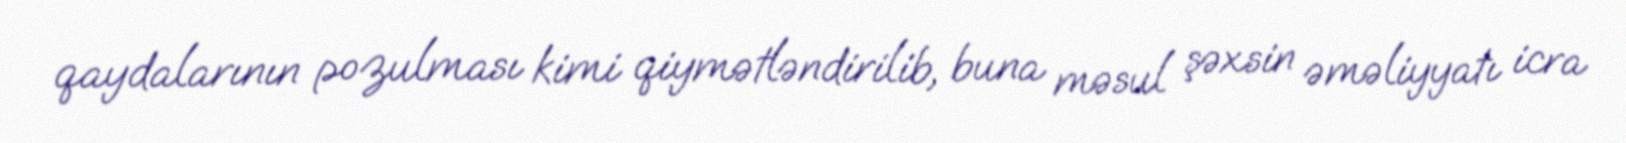
qaydalarının pozulması kimi qiymətləndirilib, buna məsul şəxsin əməliyyatı icra